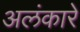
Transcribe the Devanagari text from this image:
अलंकारें